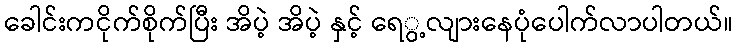
ခေါင်းကငိုက်စိုက်ပြီး အိပဲ့ အိပဲ့ နှင့် ရေွ့လျားနေပုံပေါက်လာပါတယ်။